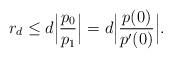
LaTeX: \begin{align*}r_d\le d\Big|\frac{p_0}{p_1}\Big|=d\Big|\frac{p(0)}{p'(0)}\Big|.\end{align*}